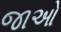
જાઓ